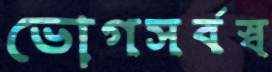
ভোগসর্বস্ব